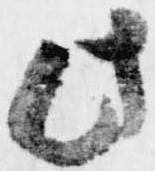
此